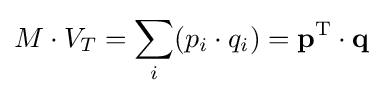
M\cdot V_{T}=\sum _{i}(p_{i}\cdot q_{i})=\mathbf {p} ^{\mathrm {T} }\cdot \mathbf {q}